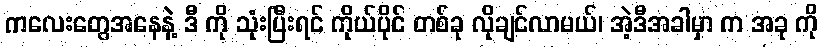
ကလေးတွေအနေနဲ့ ဒီ ကို သုံးပြီးရင် ကိုယ်ပိုင် တစ်ခု လိုချင်လာမယ်၊ အဲ့ဒီအခါမှာ က အခု ကို